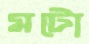
মটো